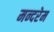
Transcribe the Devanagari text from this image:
मन्दरेम